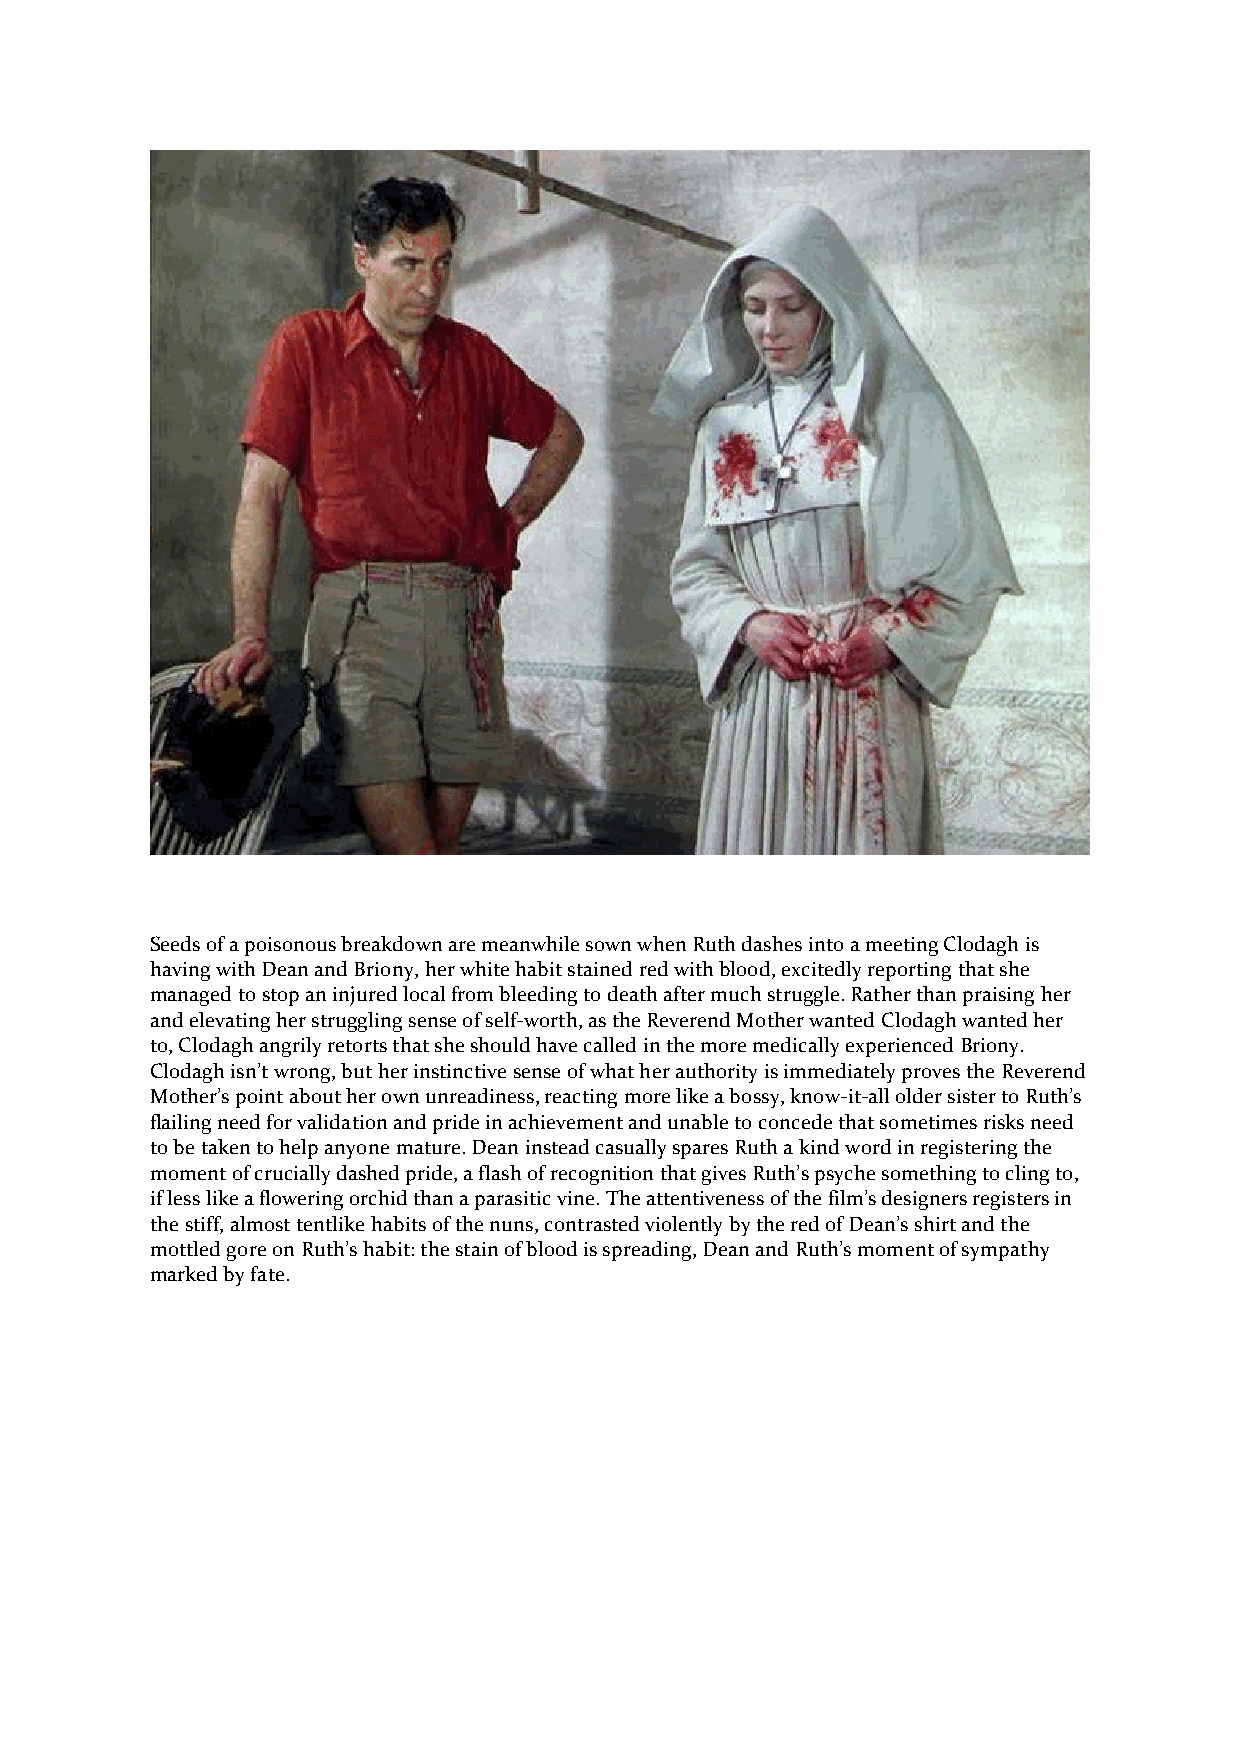
Seeds of a poisonous breakdown are meanwhile sown when Ruth dashes into a meeting Clodagh is
 having with Dean and Briony, her white habit stained red with blood, excitedly reporting that she
 managed to stop an injured local from bleeding to death after much struggle. Rather than praising her
 and elevating her struggling sense of self-worth, as the Reverend Mother wanted Clodagh wanted her
 to, Clodagh angrily retorts that she should have called in the more medically experienced Briony.
 Clodagh isn’t wrong, but her instinctive sense of what her authority is immediately proves the Reverend
 Mother’s point about her own unreadiness, reacting more like a bossy, know-it-all older sister to Ruth’s
 flailing need for validation and pride in achievement and unable to concede that sometimes risks need
 to be taken to help anyone mature. Dean instead casually spares Ruth a kind word in registering the
 moment of crucially dashed pride, a flash of recognition that gives Ruth’s psyche something to cling to,
 if less like a flowering orchid than a parasitic vine. The attentiveness of the film’s designers registers in
 the stiff, almost tentlike habits of the nuns, contrasted violently by the red of Dean’s shirt and the
 mottled gore on Ruth’s habit: the stain of blood is spreading, Dean and Ruth’s moment of sympathy
 marked by fate.